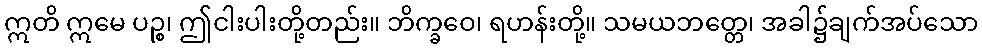
ဣတိ ဣမေ ပဉ္စ၊ ဤငါးပါးတို့တည်း။ ဘိက္ခဝေ၊ ရဟန်းတို့။ သမယဘတ္တေ၊ အခါ၌ချက်အပ်သော